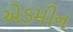
એડમીન